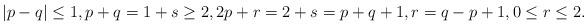
LaTeX: \begin{align*}|p-q| \leq 1, p+q = 1+s \geq 2, 2p + r = 2+s = p+q+1, r = q - p+1, 0 \leq r \leq 2. \end{align*}